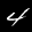
Label: 4